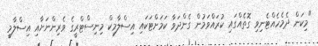
"މިކަން ދެމެހެއްޓެނިވި ގޮތެއްގައި ކުރައްވަމުން ގެންދަވާ ކަމަށްޓަކައި އިސްލާމިކް މިނިސްޓްރީގެ ވެރިންނަށާއި އިސްލާމީ